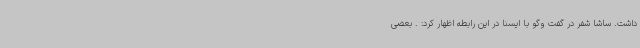
داشت. ساشا شفر در گفت وگو با ایسنا در این رابطه اظهار کرد: . بعضی